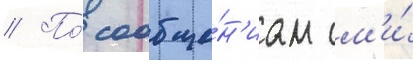
// По́ сообще́н'иам см'и́